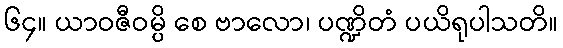
၆၄။ ယာဝဇီဝမ္ပိ စေ ဗာလော၊ ပဏ္ဍိတံ ပယိရုပါသတိ။